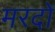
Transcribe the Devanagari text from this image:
मरदों